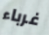
غرباء